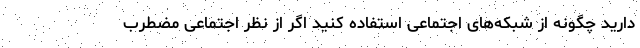
دارید چگونه از شبکه‌های اجتماعی استفاده کنید اگر از نظر اجتماعی مضطرب